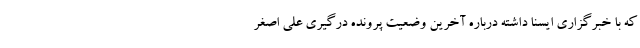
که با خبرگزاری ایسنا داشته درباره آخرین وضعیت پرونده درگیری علی اصغر